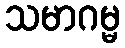
သမာဂမ္မ